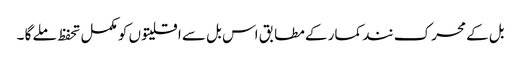
بل کے محرک نند کمار کے مطابق اس بل سے اقلیتوں کو مکمل تحفظ ملے گا ۔